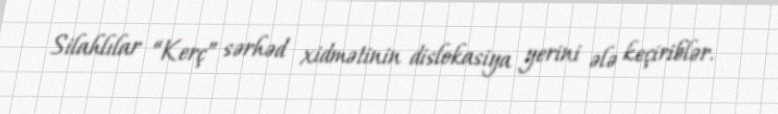
Silahlılar “Kerç” sərhəd xidmətinin dislokasiya yerini ələ keçiriblər.